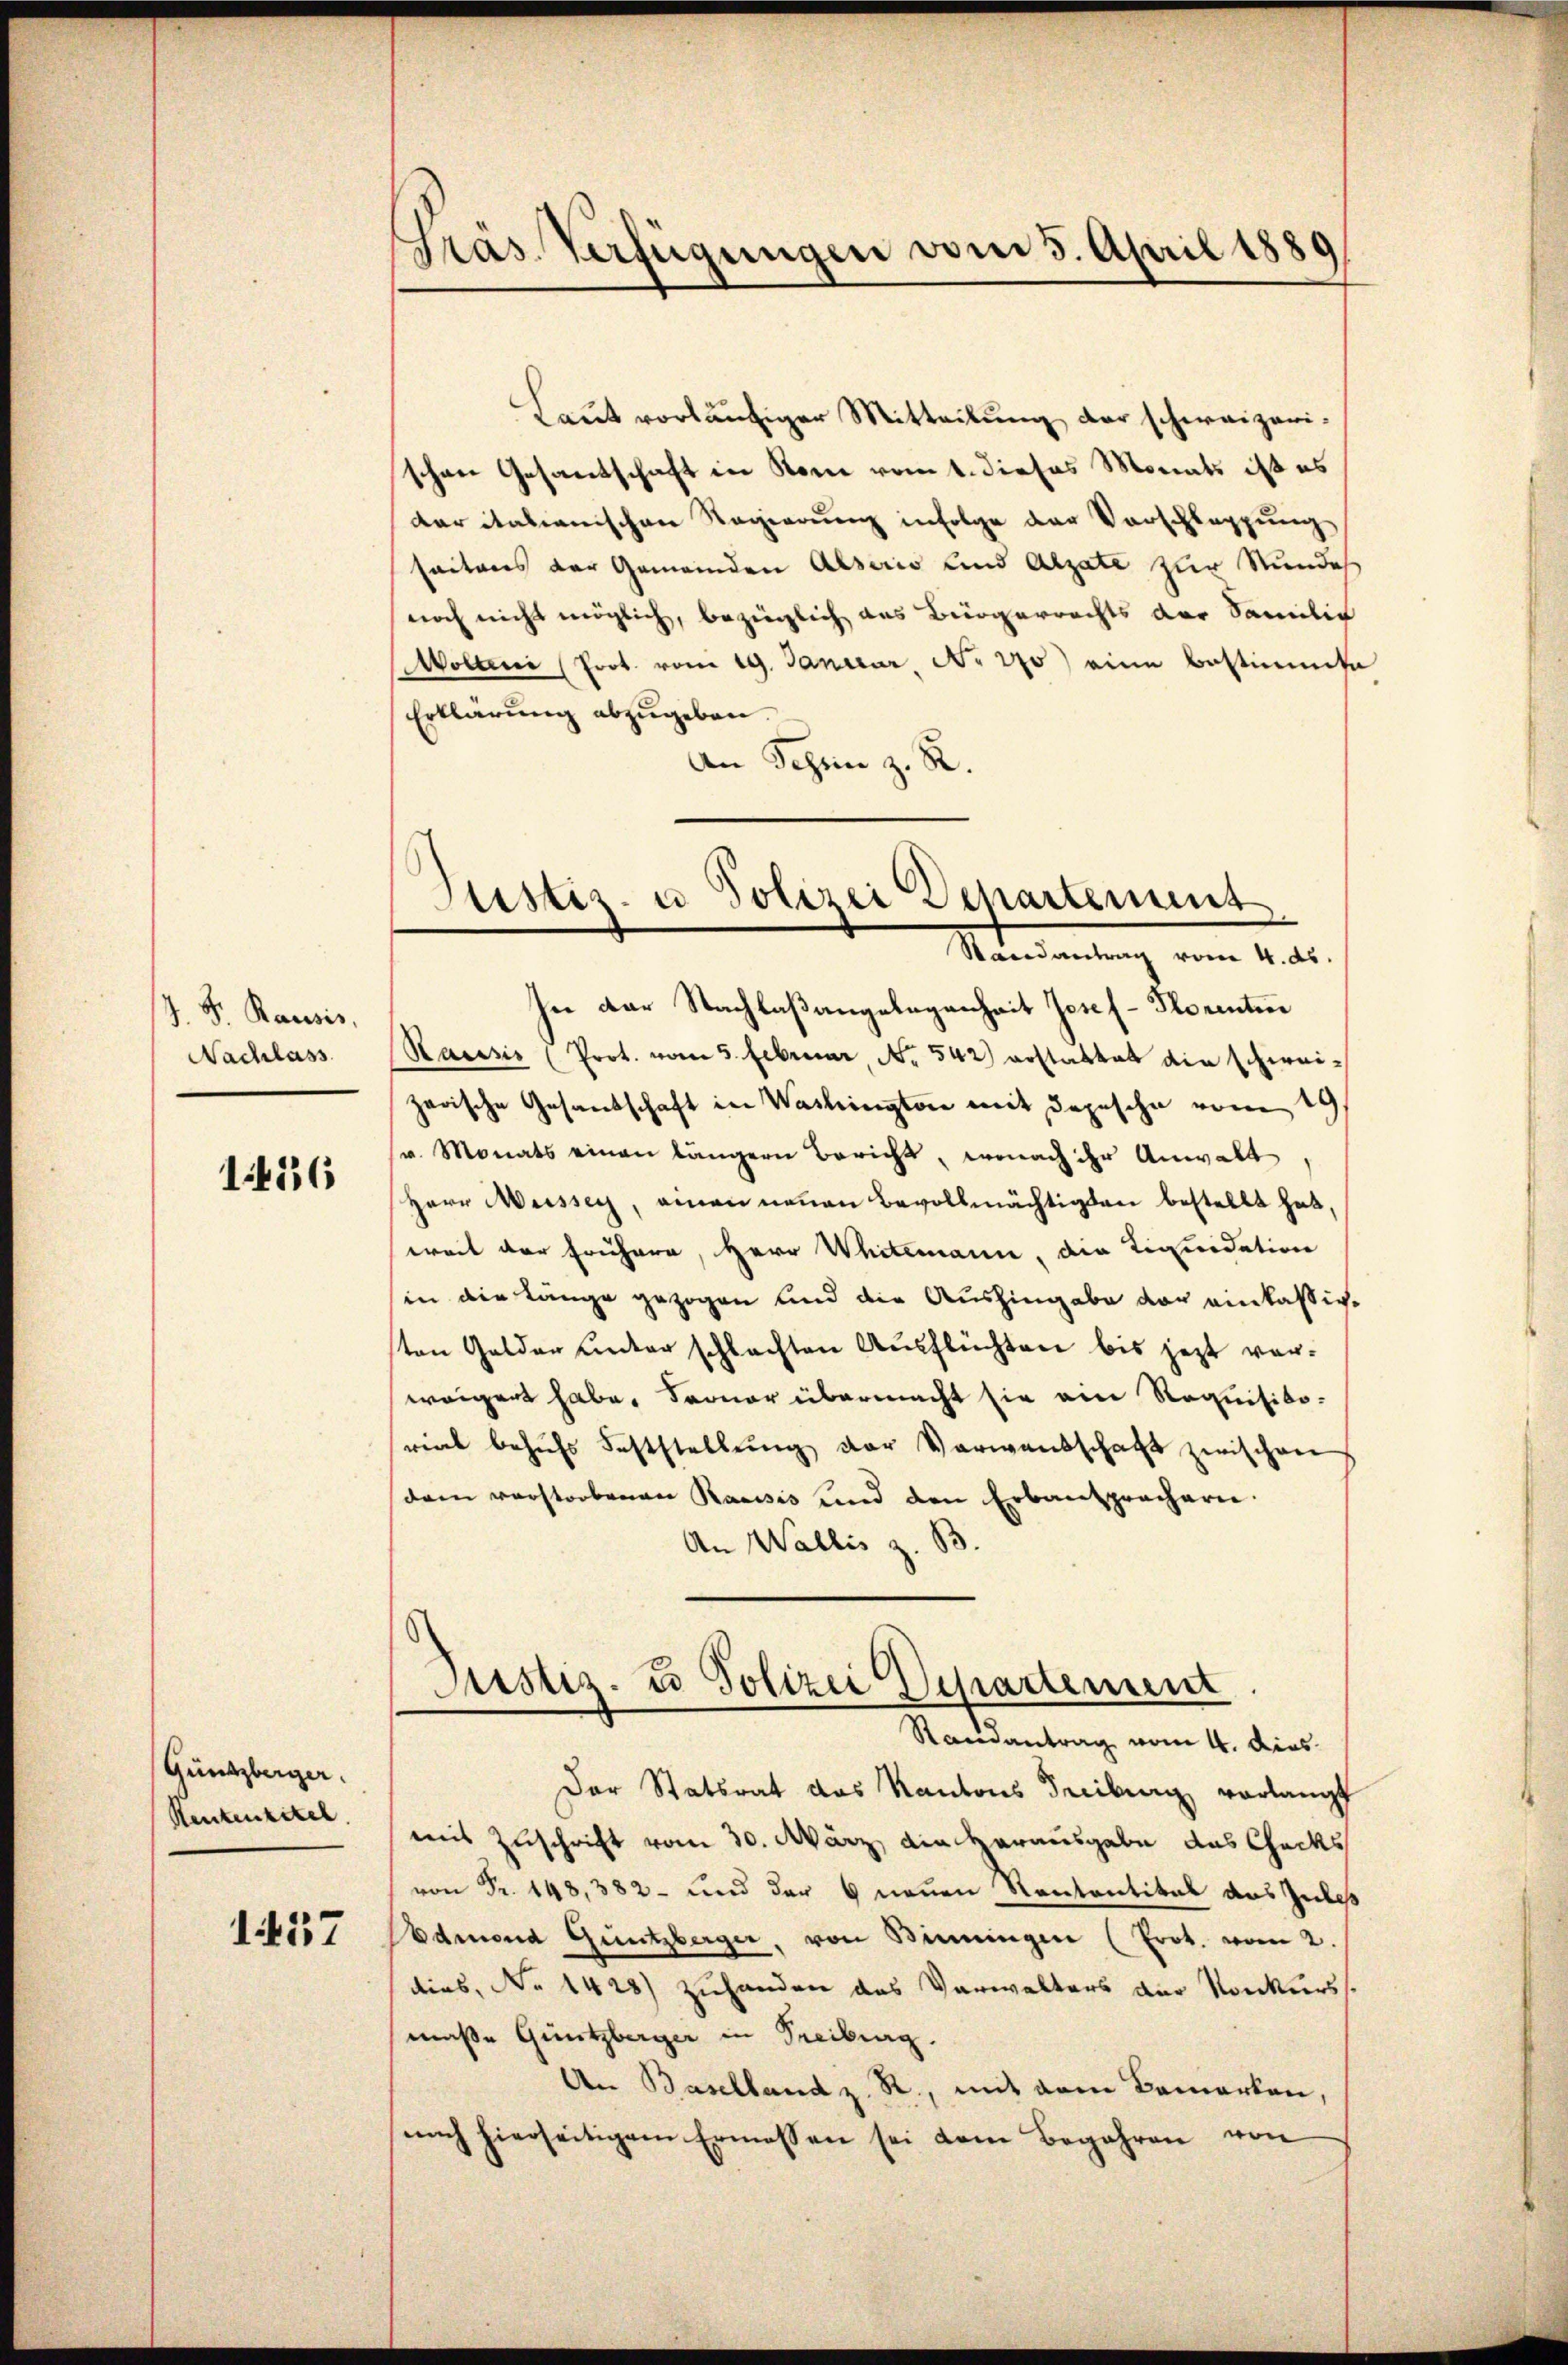
J. F. Rausis
Nachlass

156

Gündzberger.
Rententitel.

1457

Präs. Verfügungen vom 5. April 1889

Laut vorläufiger Mitteilung der schweizerischen Gesantschaft in Rome vom 1. dieses Monats ist es
der italianischen Regierung infolge der Vorschleppung
saitens der Gemeinden Alserio und Alzate zur Stundes
noch nicht möglich, bezüglich aus Bürgerrechts der Samilie
Wolleni (Prot. vom 19. Januar, No 270) eine bestimmte
Erklärung abzugeben.
An Schen z. R.
In der Nachlaßangelegenheit Josef- Plorenten
Kassis (Prot. vom 5. Februar, No 542) erstattet die schweizarische Gesandschaft in Washington mit Depesche vom 19.
v. Monats einen längern Bericht, wonach ihr Anwalt,
Herr Messer, einen neuen Bevollmächtigten bestellt hat,
weit der frühere, Herr Whitemann, die Liquidation
in die Länge gezogen und die Aushingabe vor einkassirton Golder unter schlachten Ausflüchten bis jezt ver-
weigert habe. Ferner übermacht sie ein Requisito-
rial behŭfs Feststellŭng der Verwandschaft zwischen
dam verstorbenen Raisis und den Erbansprachern.
An Wallis z. B.
Justiz- u Polizei Departement
Randantrag vom 4. dies
Der Statsrat das Kantons Tribung verlangt
mit Zuschrift vom 30. März, die Herausgabe das Chacks
von Fr. 148,382 - und der 6 neuen Rententital aus Zubeß
Admond Güntzberger, von Binningen (Erot. vom 2.
dies, No 1428) zuhander das Verwalters der Konkurs
maße Güntzberger in Freiburg.
An Baselland z. R., mit dem Bemerken,
nach hierseitigem Ermessen sei dem Begehren von

Justiz- u Polizei Departement
Randantrag vom 4. ds.